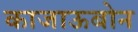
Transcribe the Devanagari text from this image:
काजाऊबोन